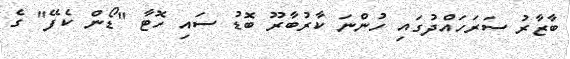
ބާޒާރު ސަރަހައްދުގައި ހުންނަ ކާރުބާރޫ ބޮޑު ސައި ހޮޓާ "ޑޯން ކެފޭ" ގެ